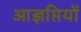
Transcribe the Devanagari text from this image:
आज्ञप्तियों